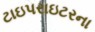
ટાઇપરાઇટરના